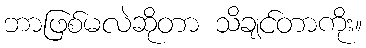
ဘာဖြစ်မလဲဆိုတာ သိချင်တာကိုး။